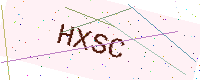
Text: HXSC